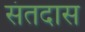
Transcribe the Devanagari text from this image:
संतदास